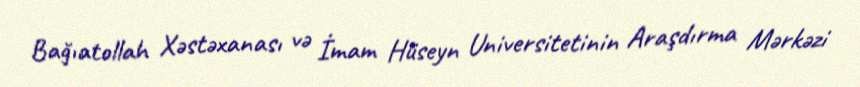
Bağıatollah Xəstəxanası və İmam Hüseyn Universitetinin Araşdırma Mərkəzi